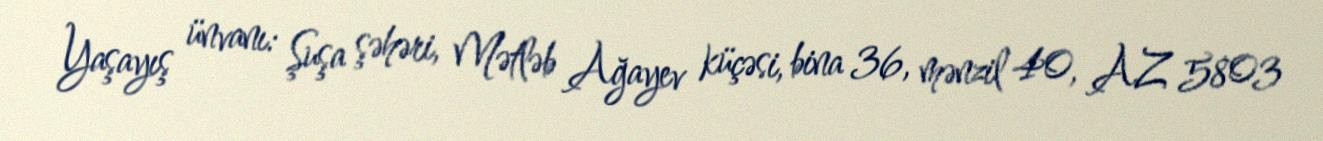
Yaşayış ünvanı: Şuşa şəhəri, Mətləb Ağayev küçəsi, bina 36, mənzil 40, AZ 5803